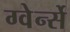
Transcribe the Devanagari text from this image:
ग्वेर्न्से